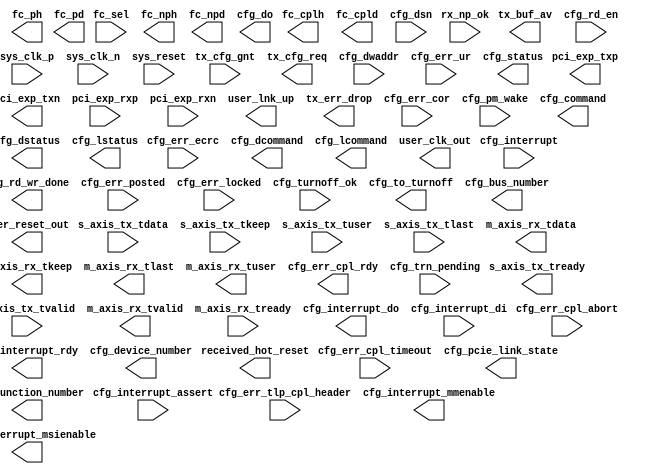
module pcie_axi_bridge (
  // PCI Express Fabric Interface
  output            pci_exp_txp,
  output            pci_exp_txn,
  input             pci_exp_rxp,
  input             pci_exp_rxn,

  // Transaction (TRN) Interface
  output            user_lnk_up,

  // Tx
  output            s_axis_tx_tready,
  input  [31:0]     s_axis_tx_tdata,
  input  [3:0]      s_axis_tx_tkeep,
  input  [3:0]      s_axis_tx_tuser,
  input             s_axis_tx_tlast,
  input             s_axis_tx_tvalid,

  output     [5:0]  tx_buf_av,
  output            tx_err_drop,
  input             tx_cfg_gnt,
  output            tx_cfg_req,

  // Rx
  output  [31:0]    m_axis_rx_tdata,
  output  [3:0]     m_axis_rx_tkeep,
  output            m_axis_rx_tlast,
  output            m_axis_rx_tvalid,
  input             m_axis_rx_tready,
  output    [21:0]  m_axis_rx_tuser,
  input             rx_np_ok,

  // Flow Control
  input       [2:0] fc_sel,
  output      [7:0] fc_nph,
  output     [11:0] fc_npd,
  output      [7:0] fc_ph,
  output     [11:0] fc_pd,
  output      [7:0] fc_cplh,
  output     [11:0] fc_cpld,

  // Host (CFG) Interface
  output     [31:0] cfg_do,
  output            cfg_rd_wr_done,
  input       [9:0] cfg_dwaddr,
  input             cfg_rd_en,

  // Configuration: Error
  input             cfg_err_ur,
  input             cfg_err_cor,
  input             cfg_err_ecrc,
  input             cfg_err_cpl_timeout,
  input             cfg_err_cpl_abort,
  input             cfg_err_posted,
  input             cfg_err_locked,
  input      [47:0] cfg_err_tlp_cpl_header,
  output            cfg_err_cpl_rdy,

  // Conifguration: Interrupt
  input             cfg_interrupt,
  output            cfg_interrupt_rdy,
  input             cfg_interrupt_assert,
  output      [7:0] cfg_interrupt_do,
  input       [7:0] cfg_interrupt_di,
  output      [2:0] cfg_interrupt_mmenable,
  output            cfg_interrupt_msienable,

  // Configuration: Power Management
  input             cfg_turnoff_ok,
  output            cfg_to_turnoff,
  input             cfg_pm_wake,

  // Configuration: System/Status
  output      [2:0] cfg_pcie_link_state,
  input             cfg_trn_pending,
  input      [63:0] cfg_dsn,
  output      [7:0] cfg_bus_number,
  output      [4:0] cfg_device_number,
  output      [2:0] cfg_function_number,

  output     [15:0] cfg_status,
  output     [15:0] cfg_command,
  output     [15:0] cfg_dstatus,
  output     [15:0] cfg_dcommand,
  output     [15:0] cfg_lstatus,
  output     [15:0] cfg_lcommand,

  // System Interface
  input             sys_clk_p,
  input             sys_clk_n,
  input             sys_reset,
  output            user_clk_out,
  output            user_reset_out,
  output            received_hot_reset

);
endmodule